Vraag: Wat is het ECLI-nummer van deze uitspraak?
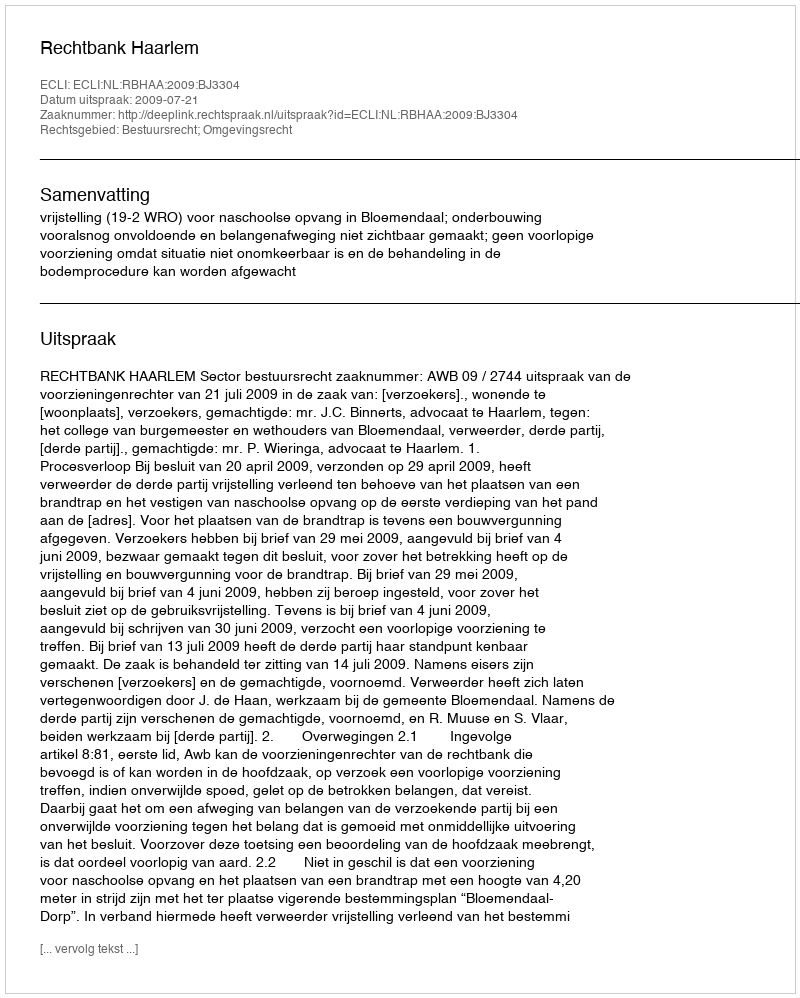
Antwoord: ECLI:NL:RBHAA:2009:BJ3304